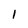
Character: 1